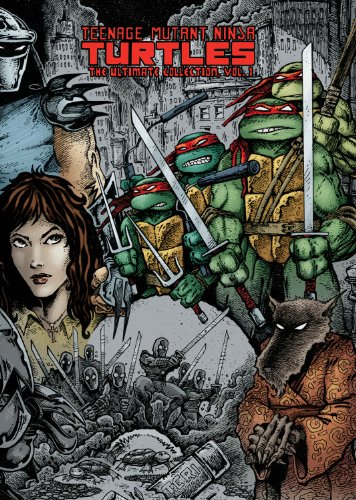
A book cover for Teenage Mutant Ninja Turtles: The Ultimate Collection Volume 1; Kevin Eastman; Comics & Graphic Novels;